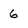
Character: 6